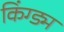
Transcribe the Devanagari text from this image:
किंग्ड्म